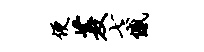
便菱七憾